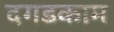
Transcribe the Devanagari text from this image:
दगडकाम